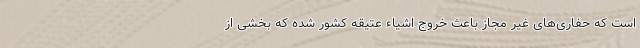
است که حفاری‌های غیر مجاز باعث خروج اشیاء عتیقه کشور شده که بخشی از